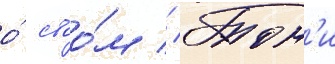
о́ своо́м // Тон'и